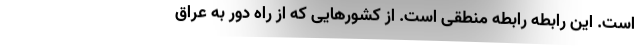
است. این رابطه رابطه منطقی است. از کشورهایی که از راه دور به عراق